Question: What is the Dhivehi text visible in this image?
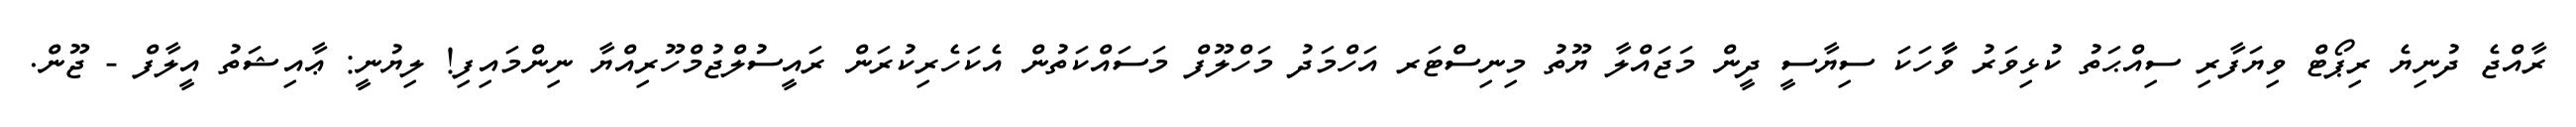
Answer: ރާއްޖެ ދުނިޔެ ރިޕޯޓް ވިޔަފާރި ސިއްޙަތު ކުޅިވަރު ވާާހަކަ ސިޔާސީ ދީން މަޖައްލާ ޔޫތު މިނިސްޓަރ އަހްމަދު މަހްލޫފް މަސައްކަތުން އެކަހެރިކުރަން ރައީސުލްޖުމްހޫރިއްޔާ ނިންމައިފި! ލިޔުނީ: ޢާއިޝަތު އީލާފް - ޖޫން.